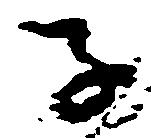
子